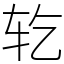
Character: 䢀